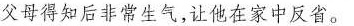
父母得知后非常生气，让他在家中反省。